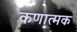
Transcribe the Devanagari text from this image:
कणात्मक